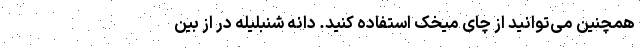
همچنین می‌توانید از چای میخک استفاده کنید. دانه شنبلیله در از بین